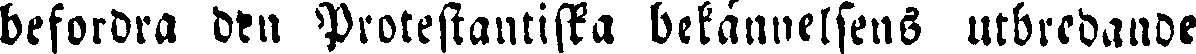
befordra den Protestantiska bekännelsens utbredande